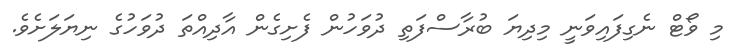
މި ވޯޓް ނެގިފައިވަނީ މިދިޔަ ބުރާސްފަތި ދުވަހުން ފެށިގެން އާދިއްތަ ދުވަހުގެ ނިޔަލަށެވެ.